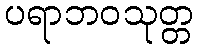
ပရာဘဝသုတ္တ